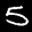
Label: 5